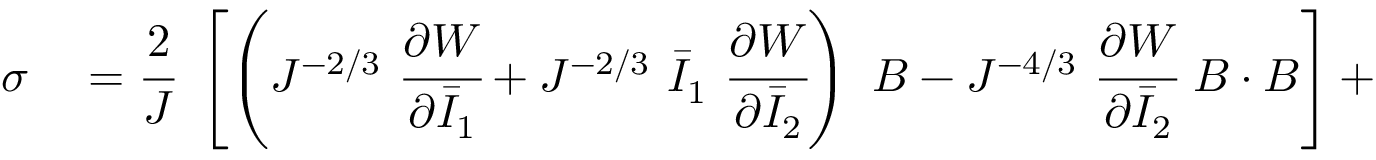
\begin{array} { r l } { { \boldsymbol { \sigma } } } & { { } = { \cfrac { 2 } { J } } ~ \left[ \left( J ^ { - 2 / 3 } ~ { \cfrac { \partial W } { \partial { \bar { I } } _ { 1 } } } + J ^ { - 2 / 3 } ~ { \bar { I } } _ { 1 } ~ { \cfrac { \partial W } { \partial { \bar { I } } _ { 2 } } } \right) ~ { \boldsymbol { B } } - J ^ { - 4 / 3 } ~ { \cfrac { \partial W } { \partial { \bar { I } } _ { 2 } } } ~ { \boldsymbol { B } } \cdot { \boldsymbol { B } } \right] + } \end{array}